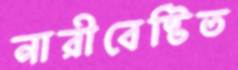
নারীবেষ্টিত